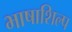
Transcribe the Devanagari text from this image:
भाषाशिल्प